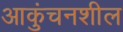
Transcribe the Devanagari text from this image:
आकुंचनशील